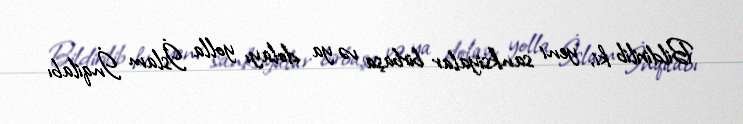
Bildirilib ki, yeni sanksiyalar birbaşa və ya dolayı yolla İslam İnqilabı